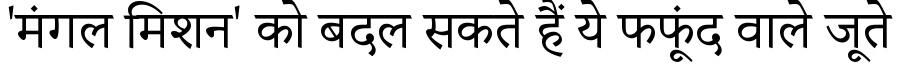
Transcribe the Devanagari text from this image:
'मंगल मिशन' को बदल सकते हैं ये फफूंद वाले जूते